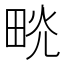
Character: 𤱦